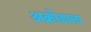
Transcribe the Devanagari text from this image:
अक्रोडाला